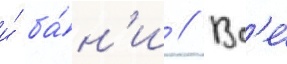
и́ ба́н'и // Вс'е́